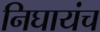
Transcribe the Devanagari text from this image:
निघायंच